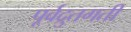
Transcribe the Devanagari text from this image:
पूर्वद्रुतगती